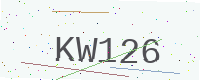
Text: KW126